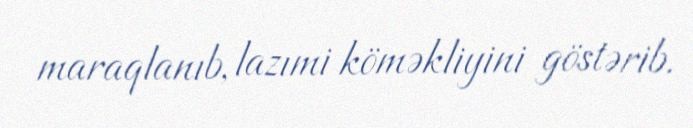
maraqlanıb, lazımi köməkliyini göstərib.